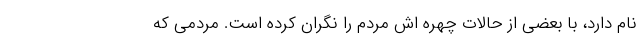
نام دارد، با بعضی از حالات چهره اش مردم را نگران کرده است. مردمی که